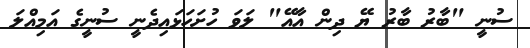
ސުނީ "ބާރު ބާރު ޔޭ ދިން އާއޭ" ލަވަ ހުށަހަޅައިދެނީ ސުނީގެ އަމިއްލަ